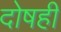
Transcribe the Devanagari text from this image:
दोषही